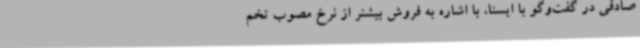
صادقی در گفت‌وگو با ایسنا، با اشاره به فروش بیشتر از نرخ مصوب تخم